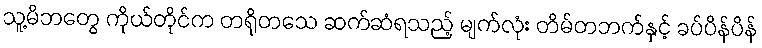
သူ့မိဘတွေ ကိုယ်တိုင်က တရိုတသေ ဆက်ဆံရသည့် မျက်လုံး တိမ်တဘက်နှင့် ခပ်ပိန်ပိန်